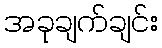
အခုချက်ချင်း